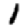
Digit: 1